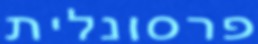
פרסונלית